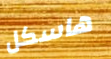
هاسكل